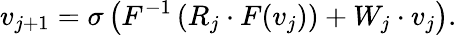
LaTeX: v_{j+1}=\sigma\left(F^{-1}\left(R_{j}\cdot F(v_{j})\right)+W_{j}\cdot v_{j}\right).